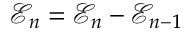
\mathcal { E } _ { n } = \mathcal { E } _ { n } - \mathcal { E } _ { n - 1 }